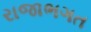
રાજાભગત